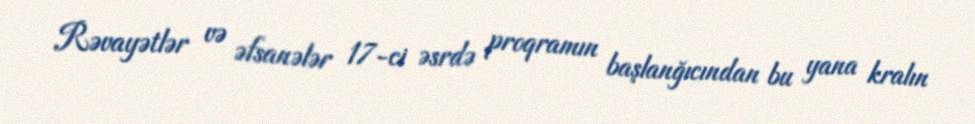
Rəvayətlər və əfsanələr 17-ci əsrdə proqramın başlanğıcından bu yana kralın